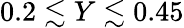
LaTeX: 0.2\lesssim Y\lesssim 0.45